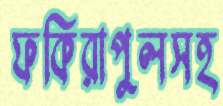
ফকিরাপুলসহ